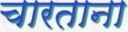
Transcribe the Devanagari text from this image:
चारताना